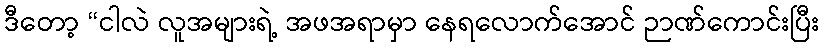
ဒီတော့ “ငါလဲ လူအများရဲ့ အဖအရာမှာ နေရလောက်အောင် ဉာဏ်ကောင်းပြီး